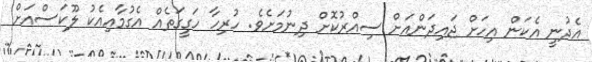
އެދުނީ އެކަން އިހަށް ޖައިދަންއަށް ސިއްރުކޮށް ދިނުމަށެވެ. ހުރިހާ ހަގީގަތެއް އެގުމާއިއެކު ލޫކަސްއަށް